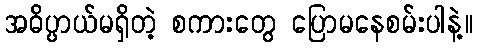
အဓိပ္ပာယ်မရှိတဲ့ စကားတွေ ပြောမနေစမ်းပါနဲ့။